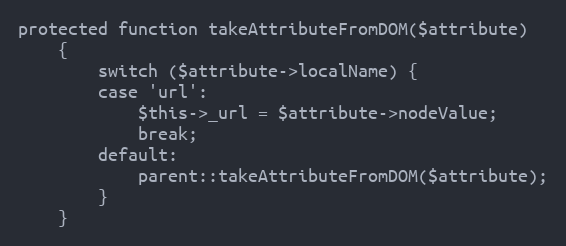
Language: PHP
protected function takeAttributeFromDOM($attribute)
    {
        switch ($attribute->localName) {
        case 'url':
            $this->_url = $attribute->nodeValue;
            break;
        default:
            parent::takeAttributeFromDOM($attribute);
        }
    }